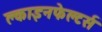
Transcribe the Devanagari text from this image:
क्लाइनफेल्टर्स